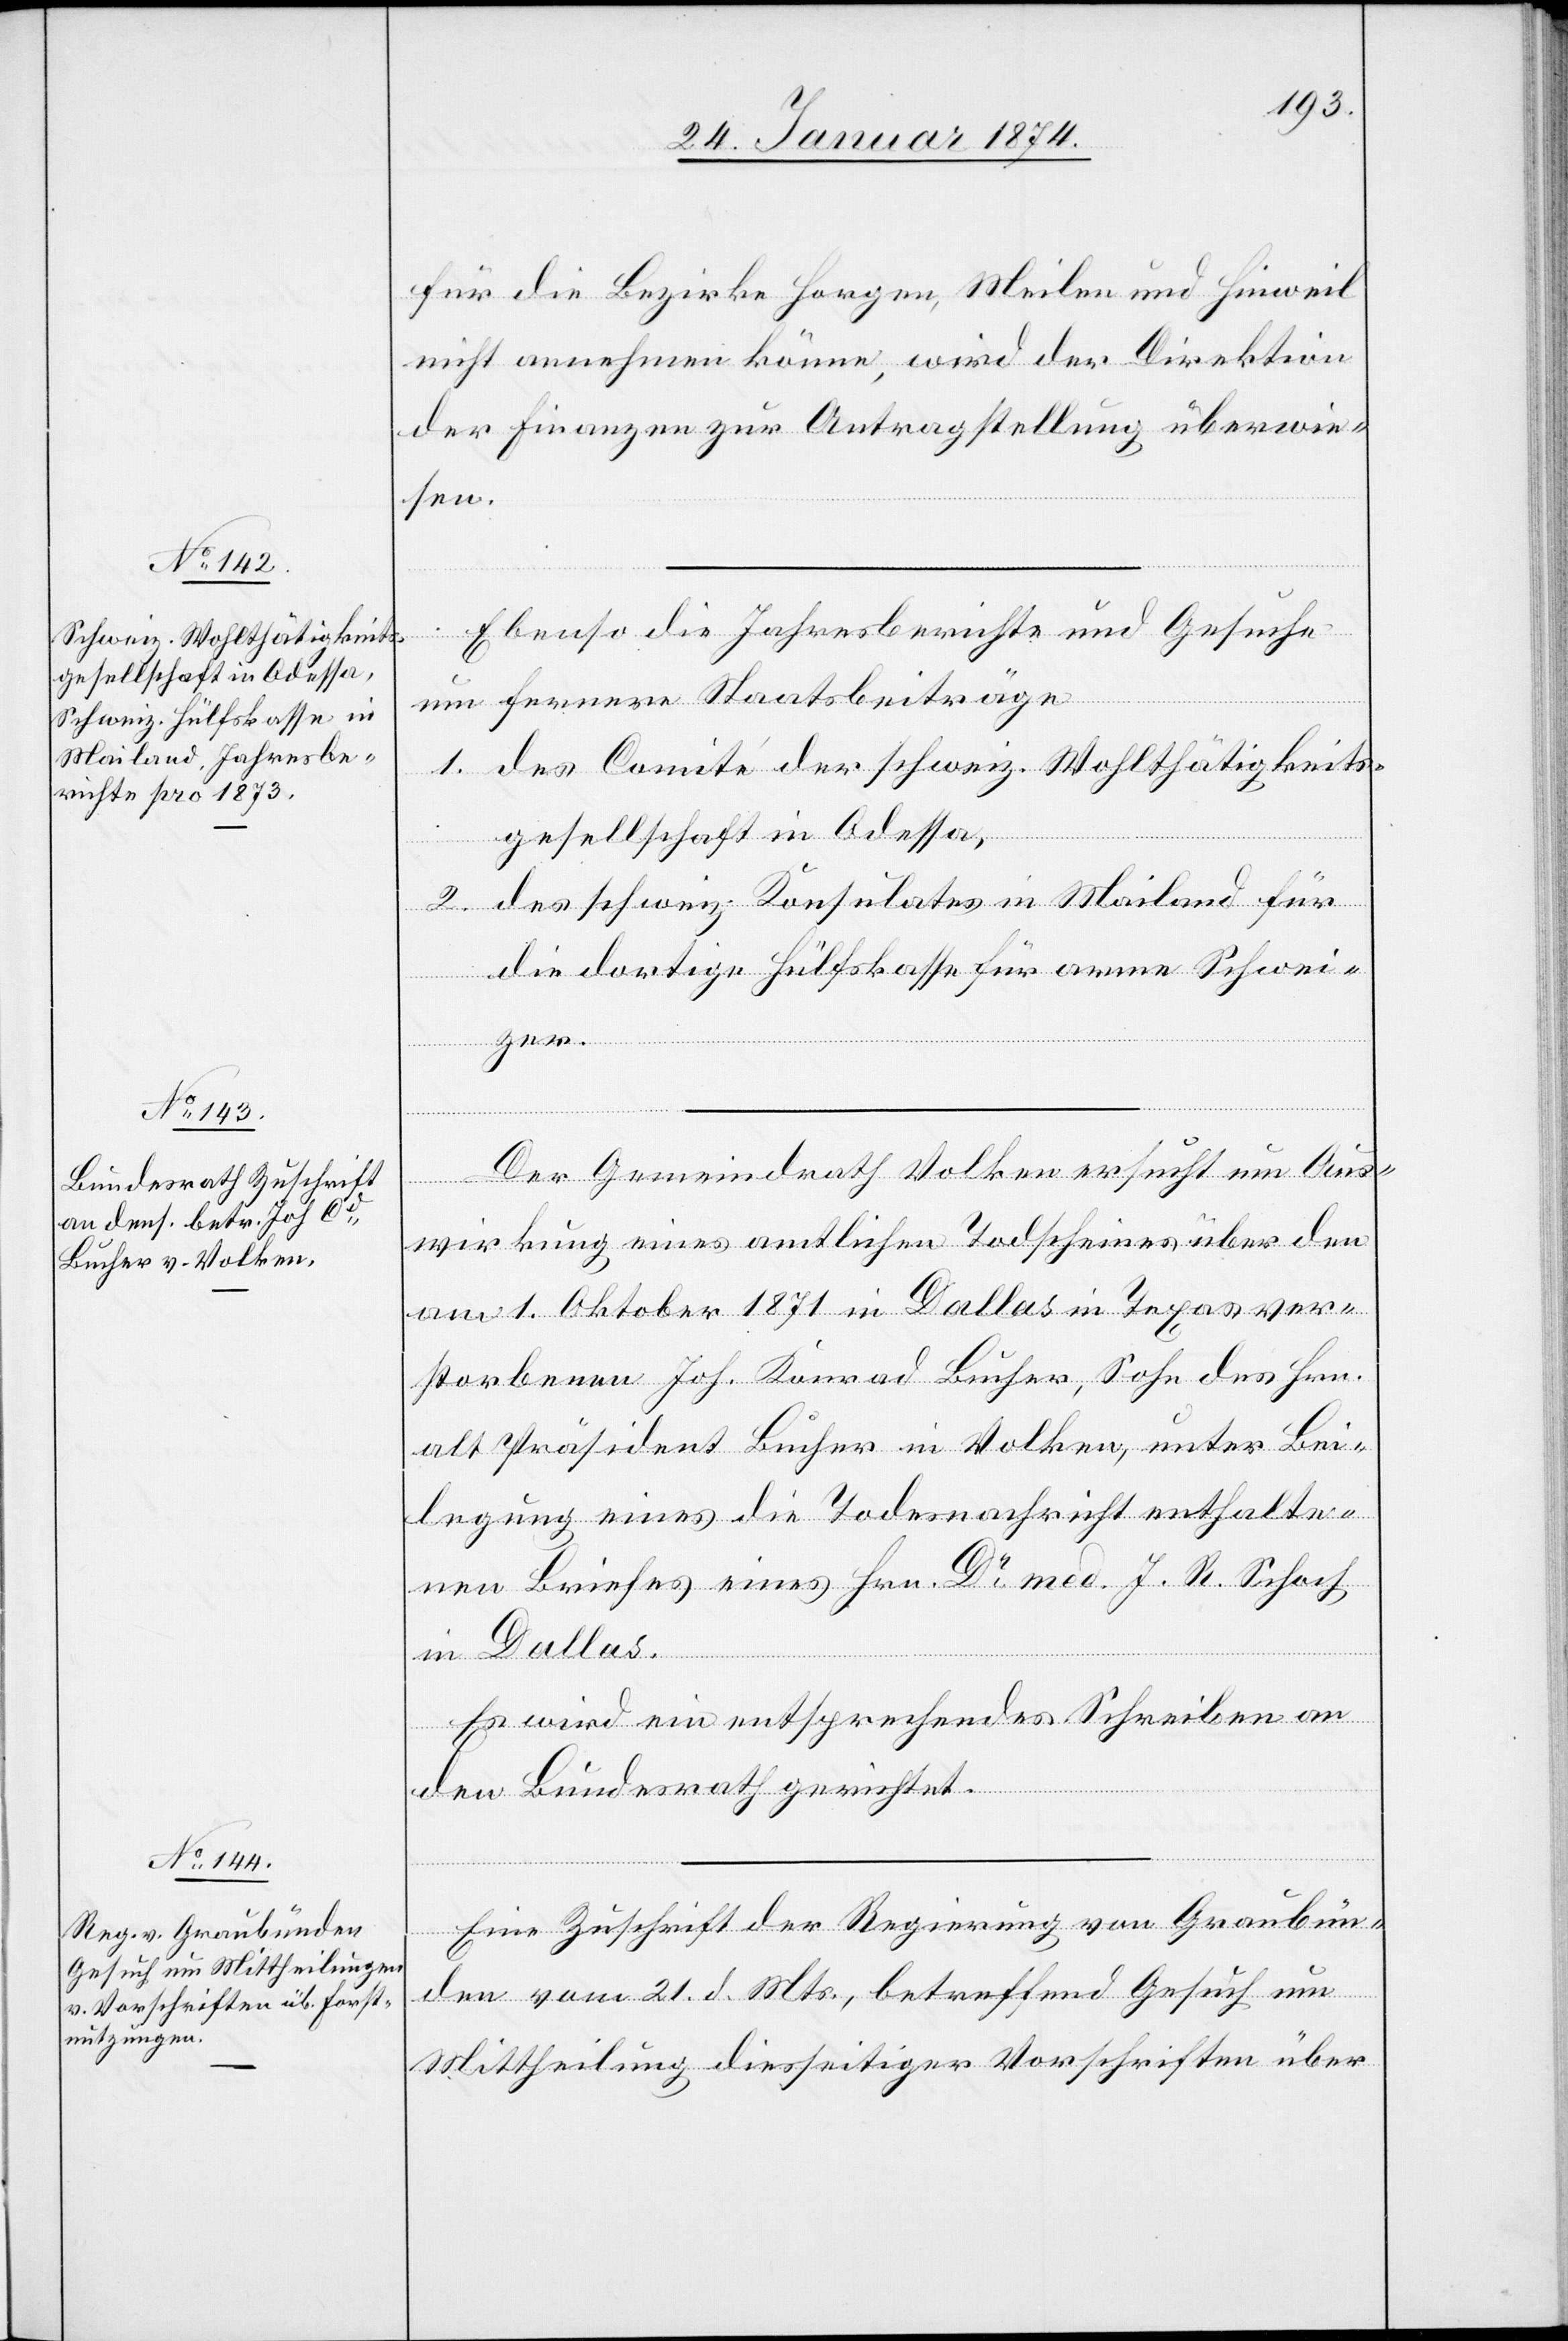
24. Januar 1874.]
für die Bezirke Horgen, Meilen und Hinweil
nicht annehmen könne, wird der Direktion
der Finanzen zur Antragstellung überwie¬
sen.
Ebenso die Jahresberichte und Gesuche
um fernere Staatsbeiträge
1. des Comité der schweiz. Wohltätigkeits¬
gesellschaft in Odessa,
2. des schweiz. Konsulates in Mailand für
die dortige Hülfskasse für arme Schwei¬
zer.
Der Gemeindrath Volken ersucht um Aus¬
wirkung eines amtlichen Todscheines über den
am 1. Oktober 1871 in Dallas in Texas ver¬
storbenen Joh. Konrad [sic!] Bucher, Sohn des Hrn.
alt Präsident Bucher in Volken, unter Bei¬
legung eines die Todesnachricht enthalte¬
nen Briefes eines Hrn. Dr med. J. R. Schach
in Dallas.
Es wird ein entsprechendes Schreiben an
den Bundesrath gerichtet.
Eine Zuschrift der Regierung von Graubün¬
den vom 21. d. Mts., betreffend Gesuch um
Mittheilung diesseitiger Vorschriften über